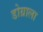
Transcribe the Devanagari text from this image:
डोग्राला